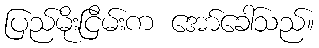
ပြည်မိုးငြိမ်းက အော်ခေါ်သည်။